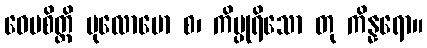
ဝေပစိတ္တိ ပုလောမော စ၊ ကိမ္ပုရိသော တု ကိန္နရော။